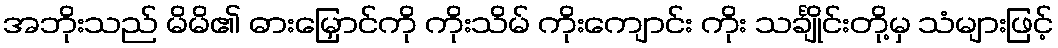
အဘိုးသည် မိမိ၏ ဓားမြှောင်ကို ကိုးသိမ် ကိုးကျောင်း ကိုး သင်္ချိုင်းတို့မှ သံများဖြင့်